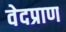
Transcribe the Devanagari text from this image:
वेदप्राण